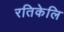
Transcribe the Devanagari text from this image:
रतिकेलि